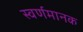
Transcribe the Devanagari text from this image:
स्वर्णमानक